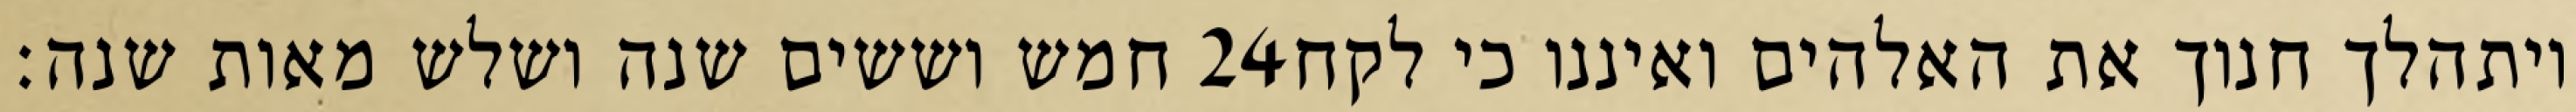
חמש וששים שנה ושלש מאות שנה׃ ‎24‏ ויתהלך חנוך את האלהים ואיננו כי לקח